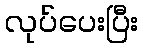
လုပ်ပေးပြီး